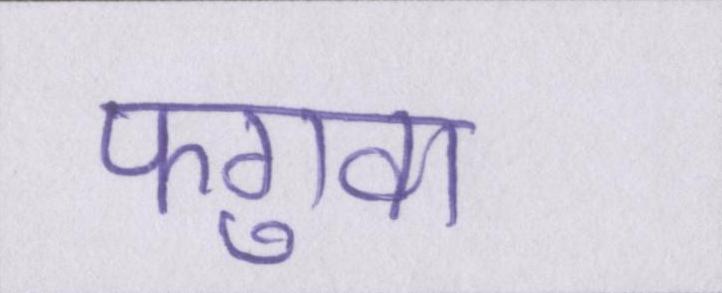
फगुवा